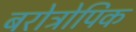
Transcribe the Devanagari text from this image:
बरोत्रोपिक